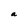
Character: a